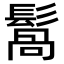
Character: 𩮑